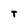
Character: T